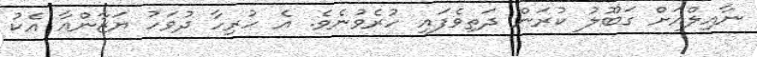
ނާއިލްއަށް ގަބޫލު ކުރަން ދަތިވެފައި ހުރެވުނެވެ. އެ ހުރިހާ ދުވަހު ޔަޒާންއާ އެކު